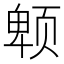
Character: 𱂮